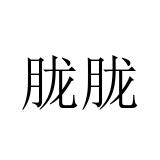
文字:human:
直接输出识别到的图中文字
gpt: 胧胧